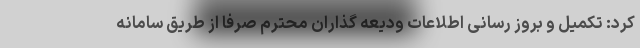
کرد: تکمیل و بروز رسانی اطلاعات ودیعه گذاران محترم صرفا از طریق سامانه